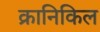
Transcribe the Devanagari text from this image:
क्रानिकिल